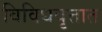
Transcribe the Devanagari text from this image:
विविधवृत्तात